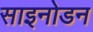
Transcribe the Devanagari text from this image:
साइनोडन